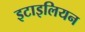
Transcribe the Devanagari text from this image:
इटाइलियन